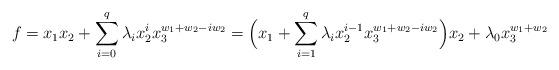
LaTeX: \begin{align*}f=x_1x_2+\sum_{i=0}^q\lambda_ix_2^ix_3^{w_1+w_2-iw_2}=\Bigl(x_1+\sum_{i=1}^q\lambda_ix_2^{i-1}x_3^{w_1+w_2-iw_2}\Bigr)x_2+\lambda_0x_3^{w_1+w_2}\end{align*}